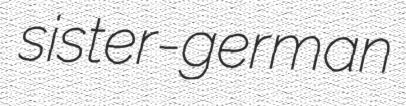
sister-german